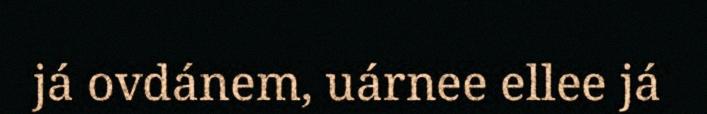
já ovdánem, uárnee ellee já